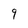
Character: 9